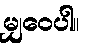
မျှဝေပါ။